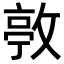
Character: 𢾛